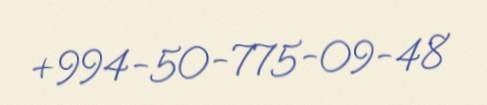
+994-50-775-09-48